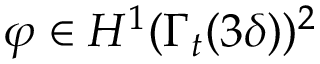
\boldsymbol { \varphi } \in H ^ { 1 } ( \Gamma _ { t } ( 3 \delta ) ) ^ { 2 }